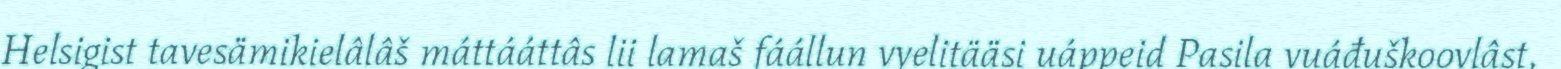
Helsigist tavesämikielâlâš máttááttâs lii lamaš fáállun vyelitääsi uáppeid Pasila vuáđuškoovlâst,